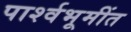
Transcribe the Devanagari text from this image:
पार्श्वभूमींत